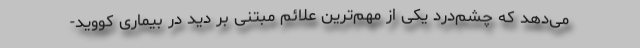
می‌دهد که چشم‌درد یکی از مهم‌ترین علائم مبتنی بر دید در بیماری کووید-